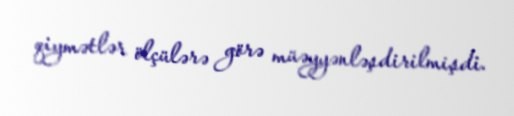
qiymətlər ölçülərə görə müəyyənləşdirilmişdi.